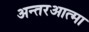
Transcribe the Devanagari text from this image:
अन्तरआत्मा